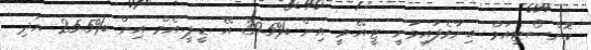
ކޮންސޯޓިއަމް ބިނާވެފައިވަނީ ޓީ.އޭ.ވީ އިން %39.5 އޭ .ޑީ.ޕީ.އެމް އިން %25.5 އަދި